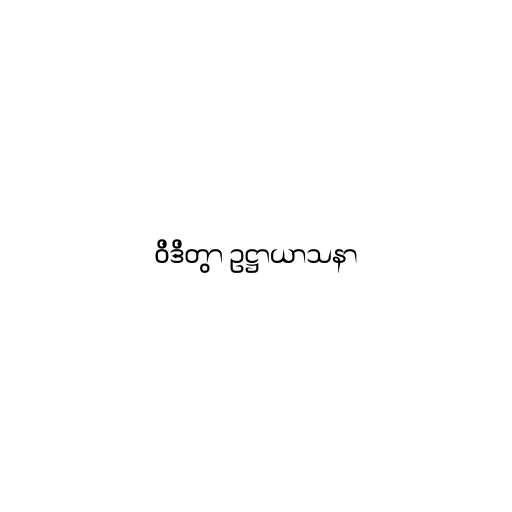
ဝိဒိတွာ ဥဋ္ဌာယာသနာ